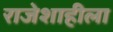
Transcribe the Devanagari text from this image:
राजेशाहीला